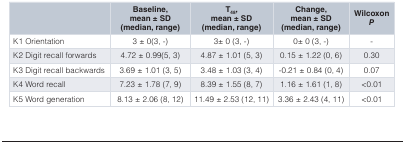
<table><thead><tr><td></td><td><b>Baseline,mean ± SD(median, range)</b></td><td><b>T<sub>48</sub>,mean ± SD(median, range)</b></td><td><b>Change,mean ± SD(median, range)</b></td><td><b>Wilcoxon<i>P</i></b></td></tr></thead><tbody><tr><td>K1 Orientation</td><td>3 ± 0 (3, -)</td><td>3 ± 0 (3, -)</td><td>0 ± 0 (3, -)</td><td>-</td></tr><tr><td>K2 Digit recall forwards</td><td>4.72 ± 0.99 (5, 3)</td><td>4.87 ± 1.01 (5, 3)</td><td>0.15 ± 1.22 (0, 6)</td><td>0.30</td></tr><tr><td>K3 Digit recall backwards</td><td>3.69 ± 1.01 (3, 5)</td><td>3.48 ± 1.03 (3, 4)</td><td>-0.21 ± 0.84 (0, 4)</td><td>0.07</td></tr><tr><td>K4 Word recall</td><td>7.23 ± 1.78 (7, 9)</td><td>8.39 ± 1.55 (8, 7)</td><td>1.16 ± 1.61 (1, 8)</td><td>&lt;0.01</td></tr><tr><td>K5 Word generation</td><td>8.13 ± 2.06 (8, 12)</td><td>11.49 ± 2.53 (12, 11)</td><td>3.36 ± 2.43 (4, 11)</td><td>&lt;0.01</td></tr></tbody></table>